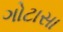
ગોટાસા